Newspaper: Daily Ohio statesman. [volume]
Place of publication: Columbus, Ohio
Publisher: S. Medary
Date: 1865-06-13 00:00:00
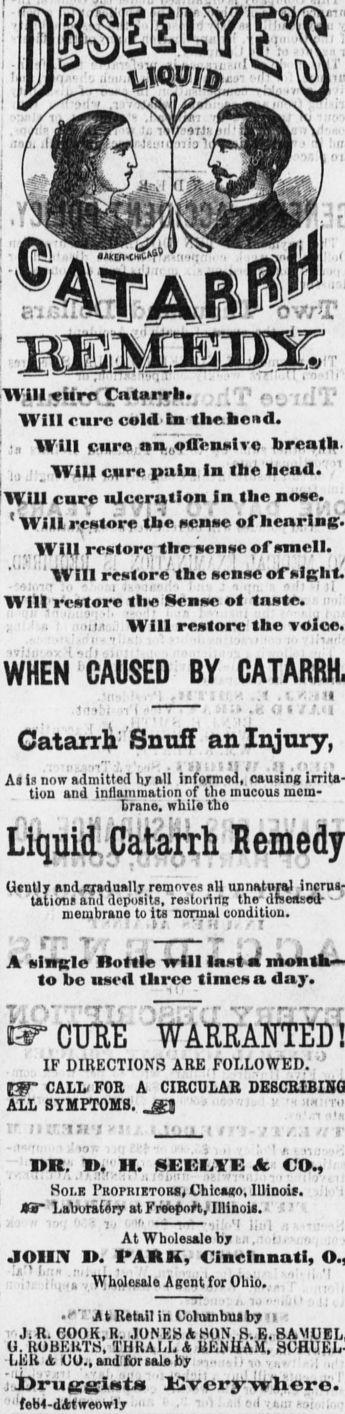
Advertisement text (OCR):
SHU ,'T Will fiirp Catarrh. 1VIII cure cold In the head. ! WHI pure aqLflensilve hreoh. j , j . . Will sjnre pain In the head.' . ' Will cure ulceration Jn the none. . 1 Will restore' the n'cnse if henrlng:. (.WU restore the sense Cornell. IT 111 ITMUrc IUC wnm: vi .. ... ..' '-..: mm . Will restore the i - ' . , . ,i '' WHEN ' CAUSED BY Catarrh Snuff an Injury, As is now admitted by all informed, causing irrita tion ana intinmmauon oi tne mucous mem' brane. while the uiipnh: Ucntly and eradually removes all unnatural incrus tations anu aeposns, resionng ino uracusmr " membrane to Its normal conuitton. .t ;. . z "- rr: r,' ft;-," r t "i A single Rottle will Inst m rnonth to he used three times a day. CURE " . IF DIRECTIONS ARE FOLLOWED.' tW CALLF0B A CIRCULAR all symptoms. &h . - -. -snu-1 V !KVIJI-J.V. H ' " ' ' . .I '. IR. 1.'.II. SEKI.YE A CO Solr Propriktom, Chicago, Illinois. : JW lauoratery at Freopoft.'Illinoii. : At Wholesale by .; , - t . JOIIX I. PARK, Cincinnati, V ( vWholoeale Agent forOhio. . ' '.. . . . I.i ' i , ' ' i ; '.' At Retail in Colutnbui by ' i - t JiR. eOOR.R. JONES A HON, H. E, U. KUBKKTS, THK AM. A BENllAM. a, uu.i ana tot sals oy j i)ruK-g:Int lilvory-vrlioro.1 ''feb4-dAtweow1y " . ' .- e.I .(.. .-.i ... 0!
Label: illustrations